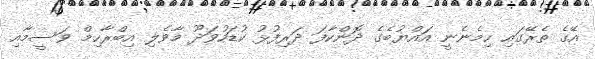
އޭގެ ތެރޭގައި ހިމެނެނީ އައްޔުބެގެ ދޮންކާފަ ދަރިފުޅު ކުޑަހުވަދޫ މާވެލި އިބްރާހިމް ވަސީމާއި